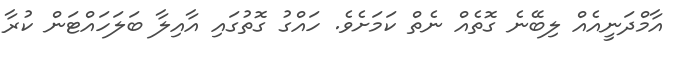
އާމްދަނީއެއް ލިބޭނެ ގޮތެއް ނެތް ކަމަށެވެ. ހައްގު ގޮތުގައި އާއިލާ ބަލަހައްޓަން ކުރާ